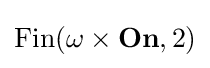
\operatorname {Fin} (\omega \times \mathbf {On} ,2)